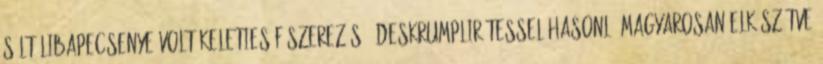
sült libapecsenye volt keleties fűszerezésű édeskrumplirétessel hasonló magyarosan elkészítve